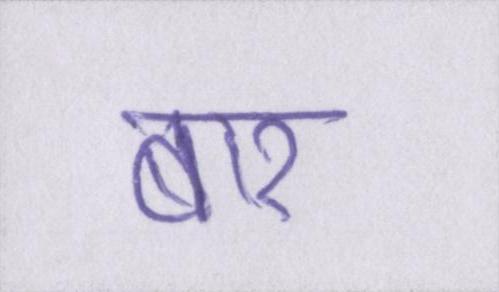
बार